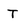
Character: T